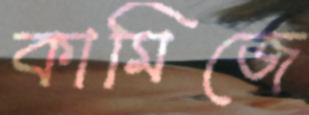
কামিজে